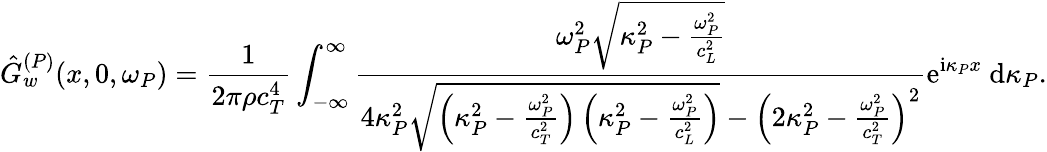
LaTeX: \hat{G}_{w}^{(P)}(x,0,\omega_{P})=\frac{1}{2\pi\rho c_{T}^{4}}\int_{-\infty}^{\infty}\frac{\omega_{P}^{2}\sqrt{\kappa_{P}^{2}-\frac{\omega_{P}^{2}}{c_{L}^{2}}}}{4\kappa_{P}^{2}\sqrt{\left(\kappa_{P}^{2}-\frac{\omega_{P}^{2}}{c_{T}^{2}}\right)\left(\kappa_{P}^{2}-\frac{\omega_{P}^{2}}{c_{L}^{2}}\right)}-\left(2\kappa_{P}^{2}-\frac{\omega_{P}^{2}}{c_{T}^{2}}\right)^{2}}\mathrm{e}^{\mathrm{i}\kappa_{P}x}\mathrm{~d}\kappa_{P}.